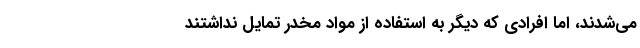
می‌شدند، اما افرادی که دیگر به استفاده از مواد مخدر تمایل نداشتند